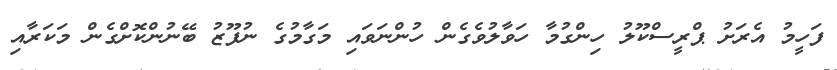
ފަހީމު އެރަށު ޕްރީސްކޫލު ހިންގުމާ ހަވާލުވެގެން ހުންނަވައި މަގާމުގެ ނުފޫޒު ބޭނުންކޮށްގެން މަކަރާއި